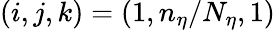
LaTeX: (i,j,k)=(1,n_{\eta}/N_{\eta},1)